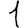
Digit: 1